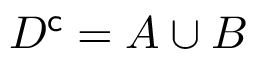
D ^ { \mathsf { c } } = A \cup B